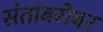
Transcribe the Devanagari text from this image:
संतांबरोबर